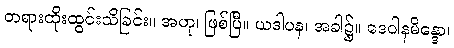
တရားထိုးထွင်းသိခြင်း။ အဟု၊ ဖြစ်ပြီ။ ယဒါပန၊ အခါ၌။ ဒေဝါနမိန္ဒော၊